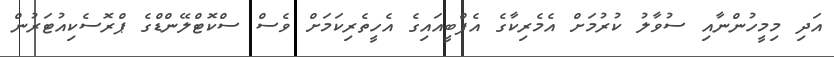
އަދި މިމީހުންނާއި ސުވާލު ކުރުމަށް އެމެރިކާގެ އެފްބީއައިގެ އެހީތެރިކަމަށް ވެސް ސްކޮޓްލޭންޑްގެ ޕްރޮސެކިއުޓަރުން